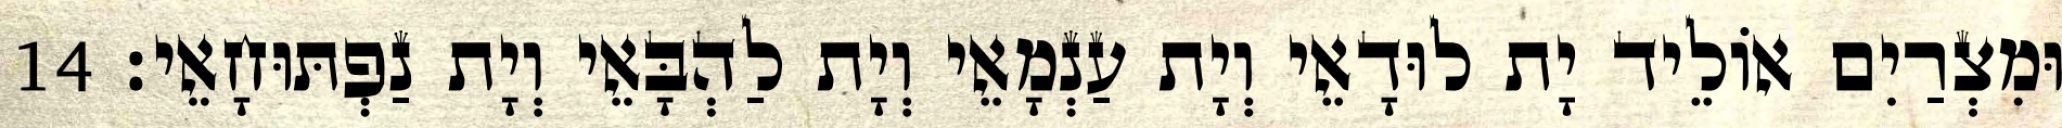
וּמִצְרַיִם אוֹלֵיד יָת לוּדָאֵי וְיָת עַנְמָאֵי וְיָת לַהְבָּאֵי וְיָת נַפְתּוּחָאֵי׃ 14